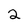
Character: 2